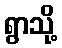
ရွာသို့